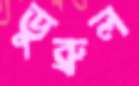
ডুব্রুল